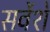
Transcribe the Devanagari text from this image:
सर्वेशे